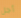
أجل